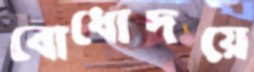
বোধোদয়ে